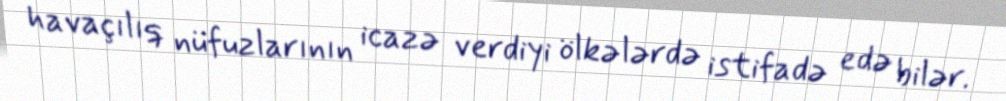
havaçılıq nüfuzlarının icazə verdiyi ölkələrdə istifadə edə bilər.